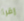
إقرأ